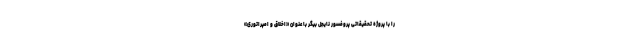
را با پروژه تحقیقاتی پروفسور نایجل بیگِر با عنوان «اخلاق و امپراتوری»